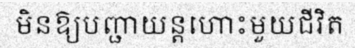
មិនឱ្យបញ្ជាយន្តហោះមួយជីវិត